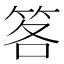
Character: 笿